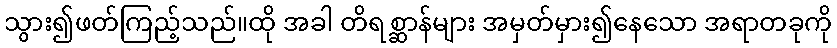
သွား၍ဖတ်ကြည့်သည်။ထို အခါ တိရစ္ဆာန်များ အမှတ်မှား၍နေသော အရာတခုကို